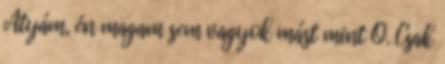
Atyám, én magam sem vagyok mást mint Ő. Csak